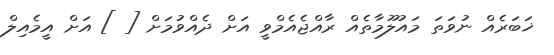
ޚަބަރެއް ނުވަތަ މައުލޫމާތެއް ރާއްޖެއެމްވީ އަށް ދެއްވުމަށް [ ] އަށް އީމެއިލް